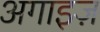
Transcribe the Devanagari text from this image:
अगाइज़